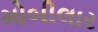
મોબીલાર